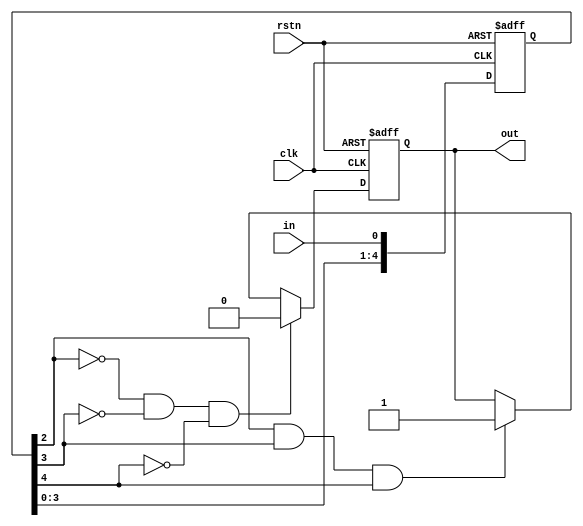
module digitalfilter_1(out, clk, rstn, in);
	output reg out;
	input clk;
	input rstn;
	input in;
	reg [4:0] taps;
	reg result;
	always @(posedge clk or negedge rstn) begin
		if(rstn == 0) begin
			taps <= 0;
			out <= 0;
		end else begin
			taps[4] <= taps[3];
			taps[3] <= taps[2];
			taps[2] <= taps[1];
			taps[1] <= taps[0];
			taps[0] <= in;
			if(taps[2] & taps[3] & taps[4])
				out <= 1;
			if(~taps[2] & ~taps[3] & ~taps[4])
				out <= 0;
		end
	end
endmodule